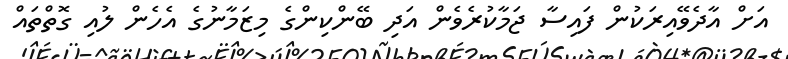
އަށް އާދެވޭއިރަކުން ފައިސާ ޖަމާކުރެވެން އަދި ބޭންކިންގެ މިޒަމާނުގެ އެހެން ލުއި ގޮތްތައް